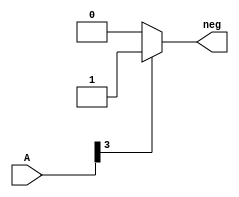
module signf(neg,A);
	input [3:0]A;
	output neg;
	reg neg;
	always@(A)
		if(A[3]==1)
			begin
				neg=1;
			end
		else neg=0;
endmodule

module comparator(signA,signB,altb,agtb,aeqb,A,B);
    output altb,agtb,aeqb,signA,signB;
    input [3:0] A,B;
    reg altb,agtb,aeqb;
    
    signf s1(signA,A);
    signf s2(signB,B);
    
    always @(A or B or signA or signB)
       if(signA==1 && signB==0)
          begin 
             altb=1;
             agtb=0;
             aeqb=0;
         end
       else if(signB==1&&signA==0)
          begin
              agtb=1;
              altb=0;
              aeqb=0;
          end
        else if(A>B)
           begin
               agtb =1;
               altb=0;
               aeqb=0;
           end
        else if(A==B)
           begin
               aeqb=1;
               agtb=0;
               altb=0;
           end
        else
           begin
               altb=1;
               agtb=0;
               aeqb =0;
           end
endmodule